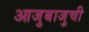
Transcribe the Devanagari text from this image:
आजुबाजुची